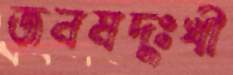
জনমদুঃখী